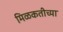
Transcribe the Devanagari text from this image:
मिळकतीच्या